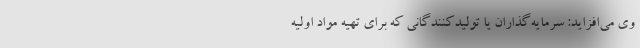
وی می‌افزاید: سرمایه‌گذاران یا تولیدکنندگانی که برای تهیه مواد اولیه